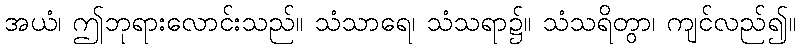
အယံ၊ ဤဘုရားလောင်းသည်။ သံသာရေ၊ သံသရာ၌။ သံသရိတွာ၊ ကျင်လည်၍။